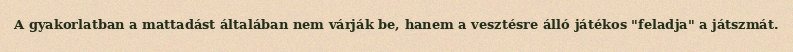
A gyakorlatban a mattadást általában nem várják be, hanem a vesztésre álló játékos "feladja" a játszmát.